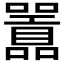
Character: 𭌪